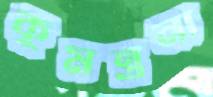
কুমন্ত্রনা